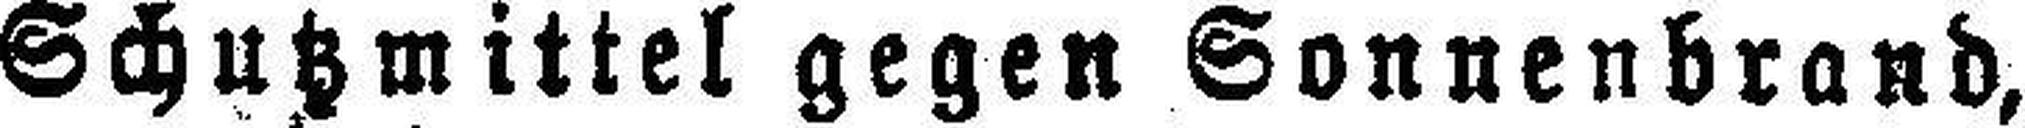
Schutzmittel gegen Sonnenbrand,